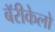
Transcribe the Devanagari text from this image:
बॅरीकेलो